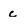
Character: c